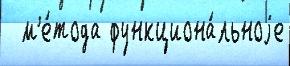
  м'е́тода функциона́льноjе